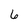
Character: 6